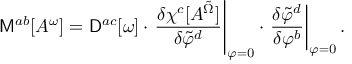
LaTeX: { \sf M } ^ { a b } [ A ^ { \omega } ] = { \sf D } ^ { a c } [ \omega ] \cdot \left. \frac { \delta \chi ^ { c } [ A ^ { \tilde { \Omega } } ] } { \delta \tilde { \varphi } ^ { d } } \right| _ { \varphi = 0 } \cdot \left. \frac { \delta \tilde { \varphi } ^ { d } } { \delta \varphi ^ { b } } \right| _ { \varphi = 0 } .